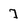
Character: 7